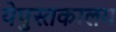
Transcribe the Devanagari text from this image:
येपुस्तकालय